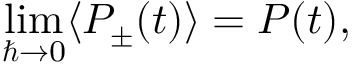
\operatorname* { l i m } _ { \hbar \rightarrow 0 } \langle P _ { \pm } ( t ) \rangle = { \cal P } ( t ) ,